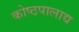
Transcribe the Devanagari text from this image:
कोष्ठपालाद्य